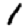
Digit: 1